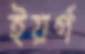
ইয়র্গ